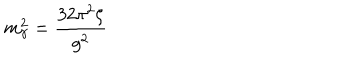
LaTeX: m _ { \gamma } ^ { 2 } = \frac { 3 2 \pi ^ { 2 } \zeta } { g ^ { 2 } }